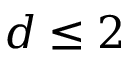
d \leq 2